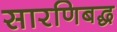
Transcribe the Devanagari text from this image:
सारणिबद्ध